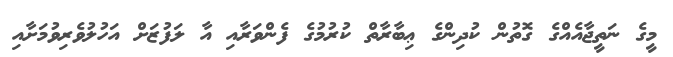
މީގެ ނަތީޖާއެއްގެ ގޮތުން ކުދިންގެ ޢިބާރާތް ކުރުމުގެ ފެންވަރާއި އާ ލަފުޒަށް އަހުލުވެރިވުމަށާއި